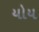
યોય